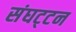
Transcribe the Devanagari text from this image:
संघट्‍टन